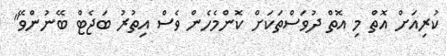
ކުރިއަށް އޮތް މި އޮތް ދުވަސްތަކަށް ކޮންމެހެން ވެސް އިތުރު ބަޖެޓް ބޭނުންވޭ"